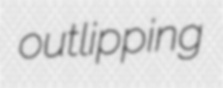
outlipping